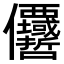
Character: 𠑵